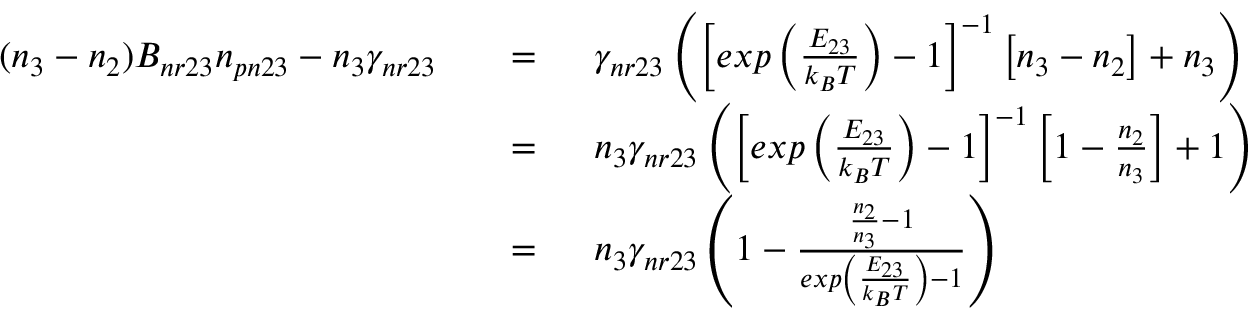
\begin{array} { r l r l } { ( n _ { 3 } - n _ { 2 } ) B _ { n r 2 3 } n _ { p n 2 3 } - n _ { 3 } \gamma _ { n r 2 3 } } & { } & { = \; \; } & { \gamma _ { n r 2 3 } \left( \left[ e x p \left( \frac { E _ { 2 3 } } { k _ { B } T } \right) - 1 \right] ^ { - 1 } \left[ n _ { 3 } - n _ { 2 } \right] + n _ { 3 } \right) } \\ & { } & { = \; \; } & { n _ { 3 } \gamma _ { n r 2 3 } \left( \left[ e x p \left( \frac { E _ { 2 3 } } { k _ { B } T } \right) - 1 \right] ^ { - 1 } \left[ 1 - \frac { n _ { 2 } } { n _ { 3 } } \right] + 1 \right) } \\ & { } & { = \; \; } & { n _ { 3 } \gamma _ { n r 2 3 } \left( 1 - \frac { \frac { n _ { 2 } } { n _ { 3 } } - 1 } { e x p \left( \frac { E _ { 2 3 } } { k _ { B } T } \right) - 1 } \right) } \end{array}